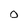
Character: 0